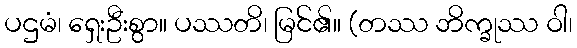
ပဌမံ၊ ရှေးဦးစွာ။ ပဿတိ၊ မြင်၏။ (တဿ ဘိက္ခုဿ ဝါ၊